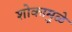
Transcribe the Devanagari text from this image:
शोकामुळे